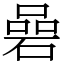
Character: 碞